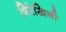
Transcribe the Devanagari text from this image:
त्रिरेखिनी